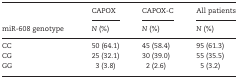
<table><thead><tr><td rowspan="2"><b>miR-608 genotype</b></td><td><b>CAPOX</b></td><td><b>CAPOX-C</b></td><td><b>All patients</b></td></tr><tr><td><b><i>N</i> (%)</b></td><td><b><i>N</i> (%)</b></td><td><b><i>N</i> (%)</b></td></tr></thead><tbody><tr><td>CC</td><td>50 (64.1)</td><td>45 (58.4)</td><td>95 (61.3)</td></tr><tr><td>CG</td><td>25 (32.1)</td><td>30 (39.0)</td><td>55 (35.5)</td></tr><tr><td>GG</td><td>3 (3.8)</td><td>2 (2.6)</td><td>5 (3.2)</td></tr></tbody></table>